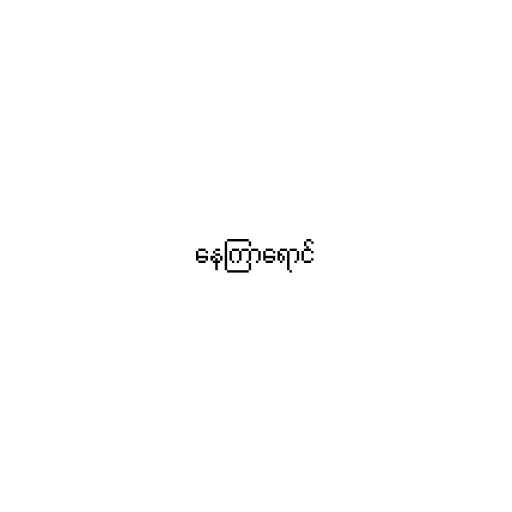
နေကြာရောင်